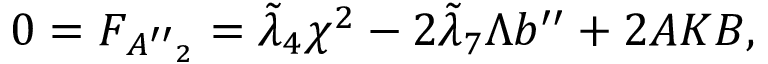
0 = F _ { { A ^ { \prime \prime } } _ { 2 } } = \tilde { \lambda } _ { 4 } \chi ^ { 2 } - 2 \tilde { \lambda } _ { 7 } \Lambda b ^ { \prime \prime } + 2 { \cal A } K B ,